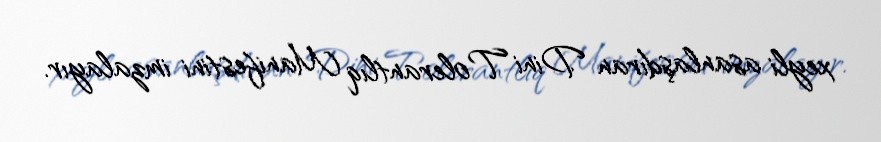
xeyli asanlaşdıran Dini Tolerantlıq Manifestini imzalayır.